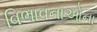
વિભાવનાઓના